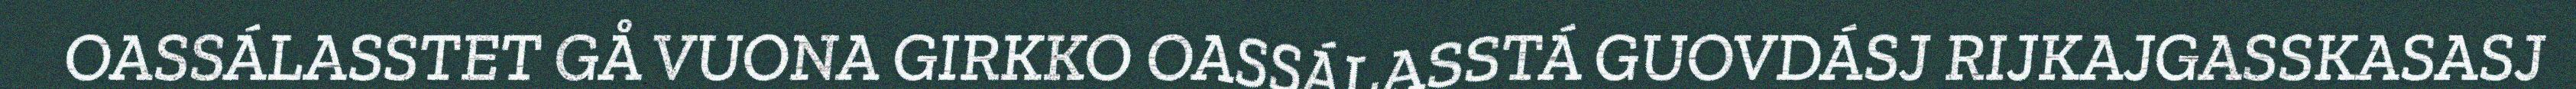
OASSÁLASSTET GÅ VUONA GIRKKO OASSÁLASSTÁ GUOVDÁSJ RIJKAJGASSKASASJ